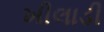
ખીલાડી